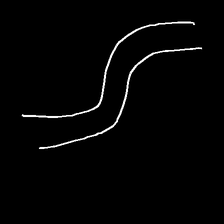
Glyph: float